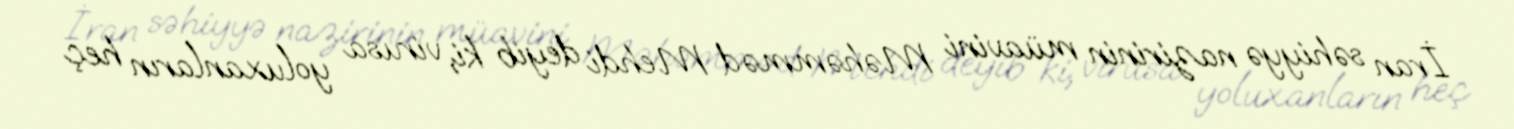
İran səhiyyə nazirinin müavini Məhəmməd Mehdi deyib ki, virusa yoluxanların heç